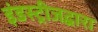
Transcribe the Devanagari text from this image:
इंडस्ट्रीजद्वारा